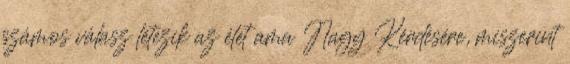
számos válasz létezik az élet ama Nagy Kérdésére, miszerint